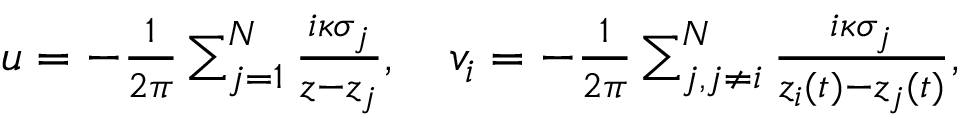
\begin{array} { r } { u = - \frac { 1 } { 2 \pi } \sum _ { j = 1 } ^ { N } \frac { i \kappa \sigma _ { j } } { z - z _ { j } } , \quad v _ { i } = - \frac { 1 } { 2 \pi } \sum _ { j , j \neq i } ^ { N } \frac { i \kappa \sigma _ { j } } { z _ { i } ( t ) - z _ { j } ( t ) } , } \end{array}